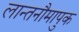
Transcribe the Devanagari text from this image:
लान्तनौमापुक